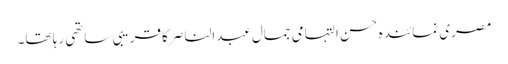
مصری نمائندہ حسن التہامی جمال عبدالناصر کا قریبی ساتھی رہا تھا۔